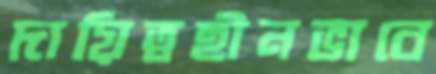
দায়িত্বহীনভাবে